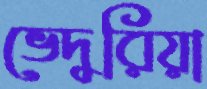
ভেদুরিয়া